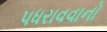
પધરાવવાનો